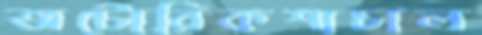
অটোরিকশাচাল